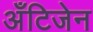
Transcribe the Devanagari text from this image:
अँटिजेन